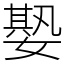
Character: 𡠧